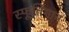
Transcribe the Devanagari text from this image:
स्फूर्तिगान